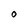
Character: O